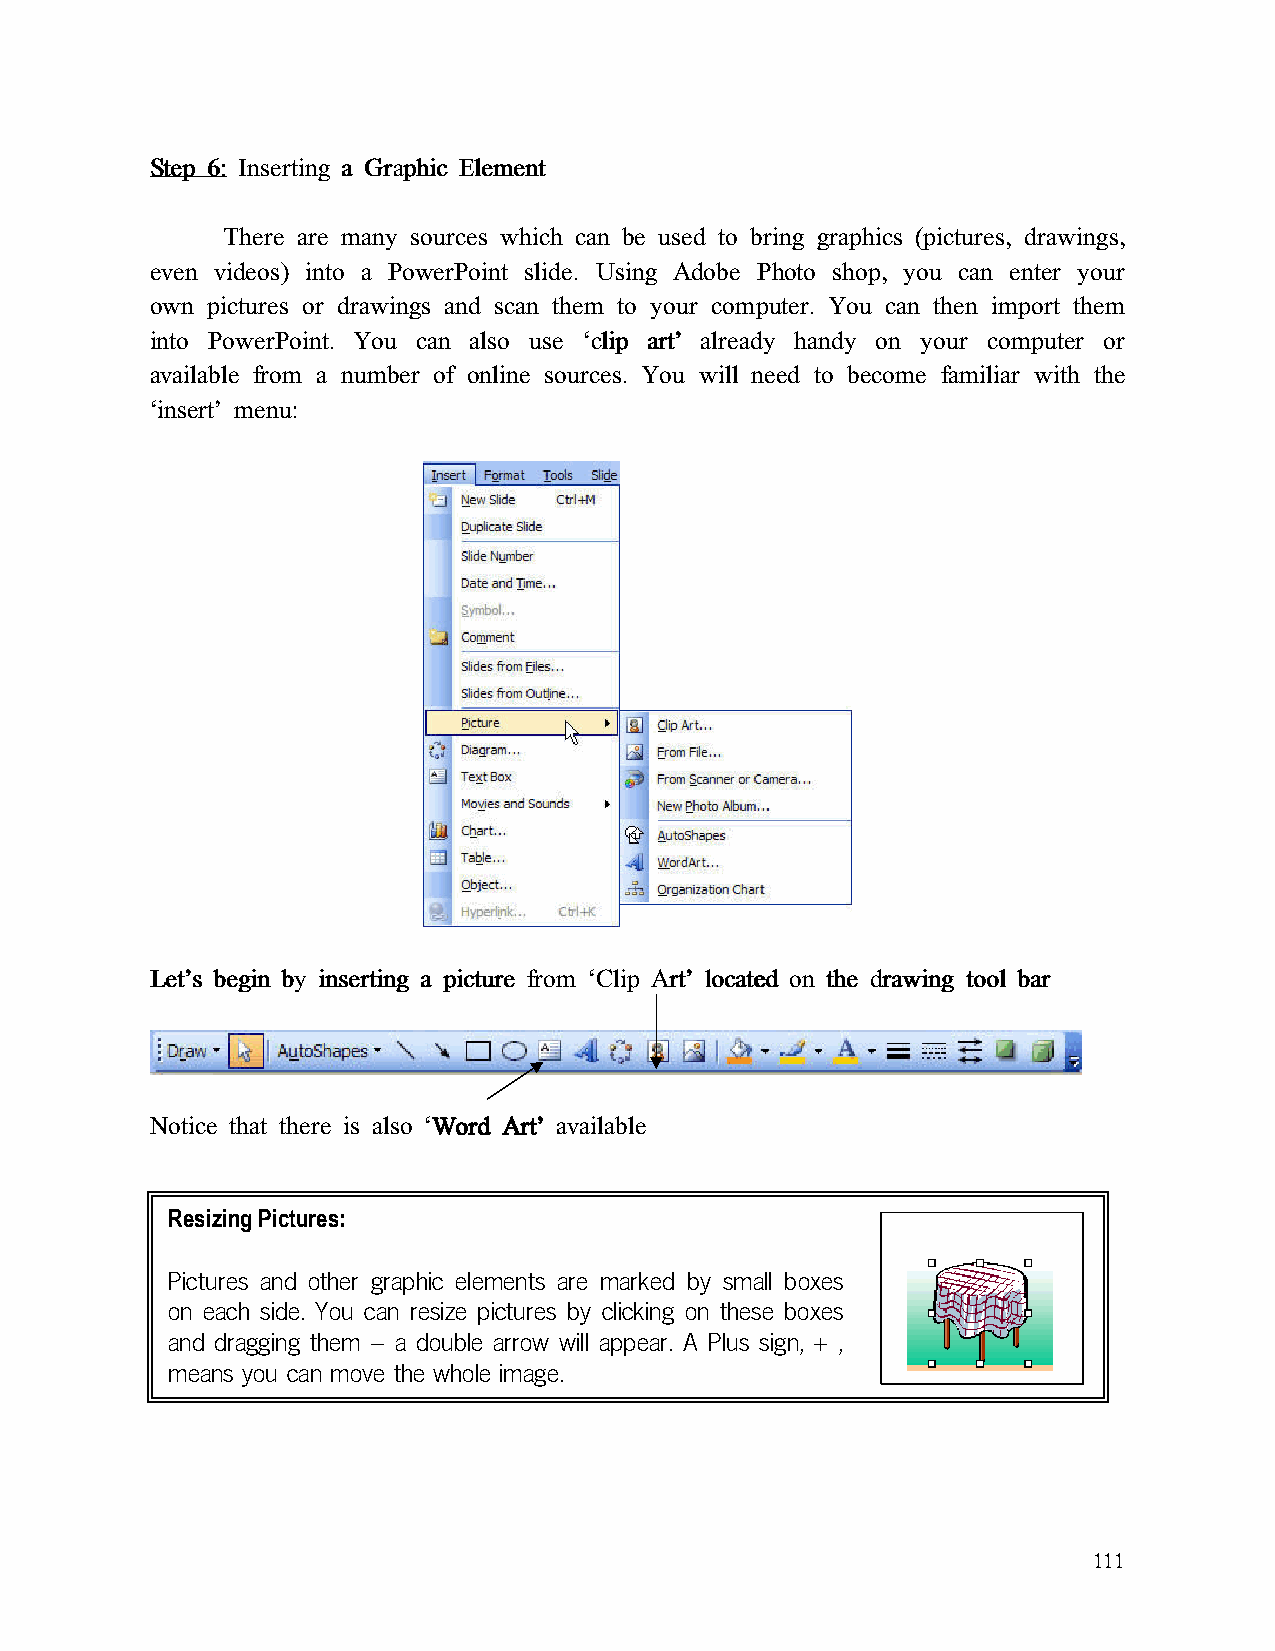
SSSStttteeeepppp 6666:::: IIIInnnnsssseeeerrrrttttiiiinnnngggg aaaa GGGGrrrraaaapppphhhhiiiicccc EEEElllleeeemmmmeeeennnntttt
 There are many sources which can be used to bring graphics (pictures, drawings,
 even videos) into a PowerPoint slide. Using Adobe Photo shop, you can enter your
 own pictures or drawings and scan them to your computer. You can then import them
 into PowerPoint. You can also use ‘cccclllliiiipppp aaaarrrrtttt’’’’ already handy on your computer or
 available from a number of online sources. You will need to become familiar with the
 ‘insert’ menu:
 LLLLeeeetttt’’’’ssss bbbbeeeeggggiiiinnnn bbbbyyyy iiiinnnnsssseeeerrrrttttiiiinnnngggg aaaa ppppiiiiccccttttuuuurrrreeee ffffrrrroooommmm ‘‘‘‘CCCClllliiiipppp AAAArrrrtttt’’’’ llllooooccccaaaatttteeeedddd oooonnnn tttthhhheeee ddddrrrraaaawwwwiiiinnnngggg ttttoooooooollll bbbbaaaarrrr
 Notice that there is also ‘WWWWoooorrrrdddd AAAArrrrtttt’’’’ available
 Resizing Pictures:
 Pictures and other graphic elements are marked by small boxes
 on each side. You can resize pictures by clicking on these boxes
 and dragging them – a double arrow will appear. A Plus sign, + ,
 means you can move the whole image.
 111